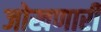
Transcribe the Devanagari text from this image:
जोखणारी